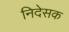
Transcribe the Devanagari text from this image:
निदेसक